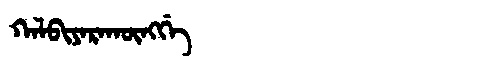
Manchu: ᡴᠠᠯᠪᡳᠶᠠᡵᠠᡴᡡᠩᡤᡝ
Romanization: KALBIYARAKŪNGGE